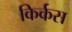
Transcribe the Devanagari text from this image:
किर्कस